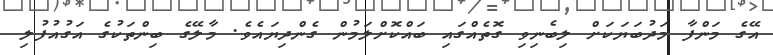
އޭގެ މަންފާ މަދުބަޔަކަށް ލިބެނިވި ގޮތެއްގައި ބައްކޮށްލަމުން ގެންދިޔައެވެ. މާލޭގެ ބިންތަކުގެ އަގުއުފުލި